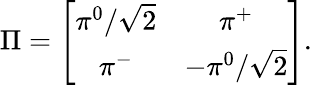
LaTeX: \Pi=\left[\begin{array}{cc}{{\pi^{0}/\sqrt{2}}}&{{\pi^{+}}}\\ {{\pi^{-}}}&{{-\pi^{0}/\sqrt{2}}}\end{array}\right].